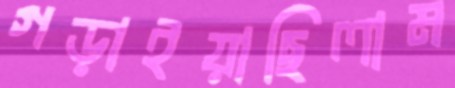
গড়াইয়াছিলাম